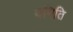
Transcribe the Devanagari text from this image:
वमिति